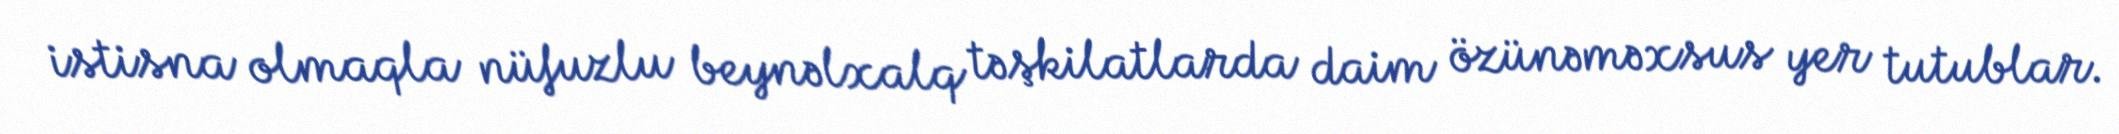
istisna olmaqla nüfuzlu beynəlxalq təşkilatlarda daim özünəməxsus yer tutublar.